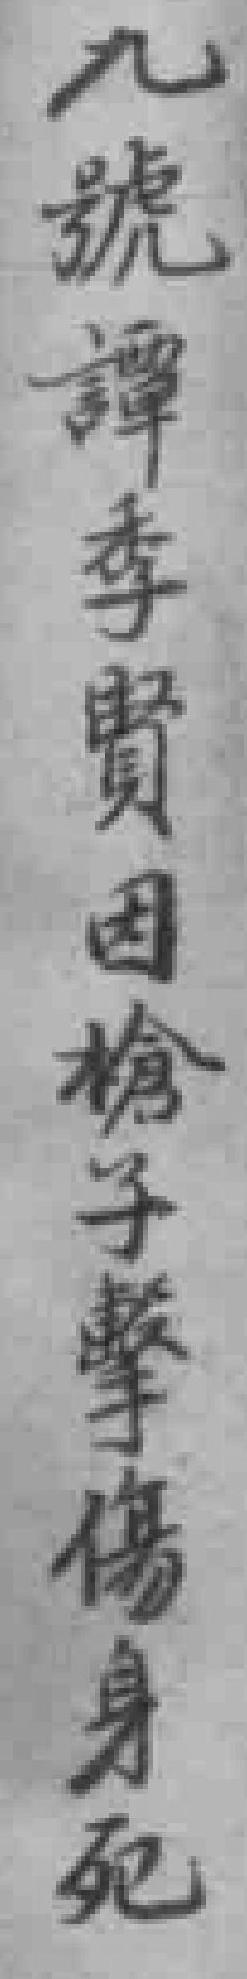
九號譚李賢因槍子馨傷身死